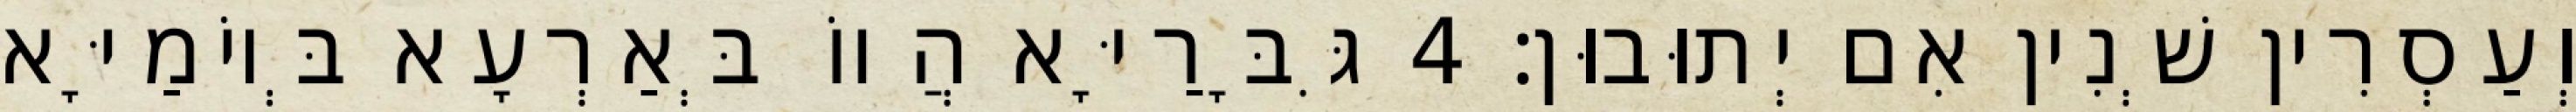
וְעַסְרִין שְׁנִין אִם יְתוּבוּן׃ 4 גִּבָּרַיָּא הֲווֹ בְּאַרְעָא בְּיוֹמַיָּא